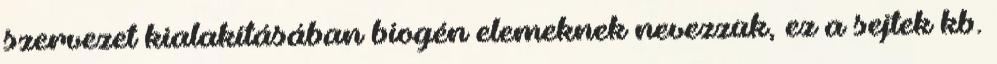
szervezet kialakításában biogén elemeknek nevezzük, ez a sejtek kb.